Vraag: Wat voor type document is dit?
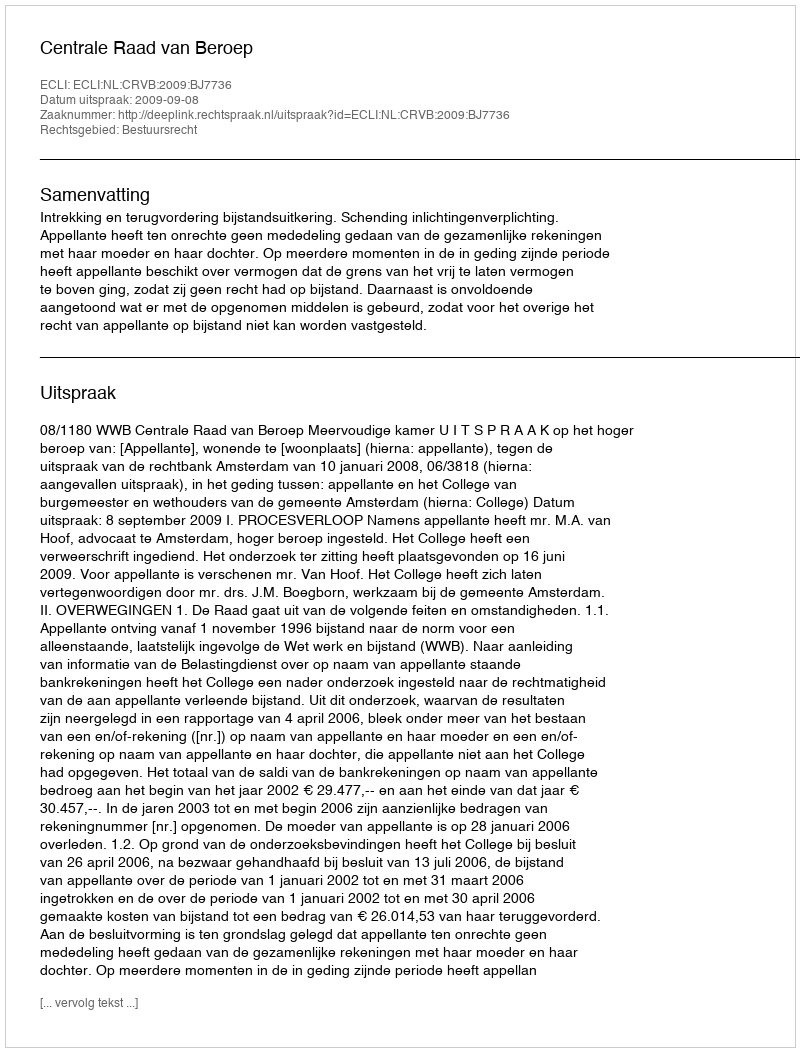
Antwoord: Uitspraak